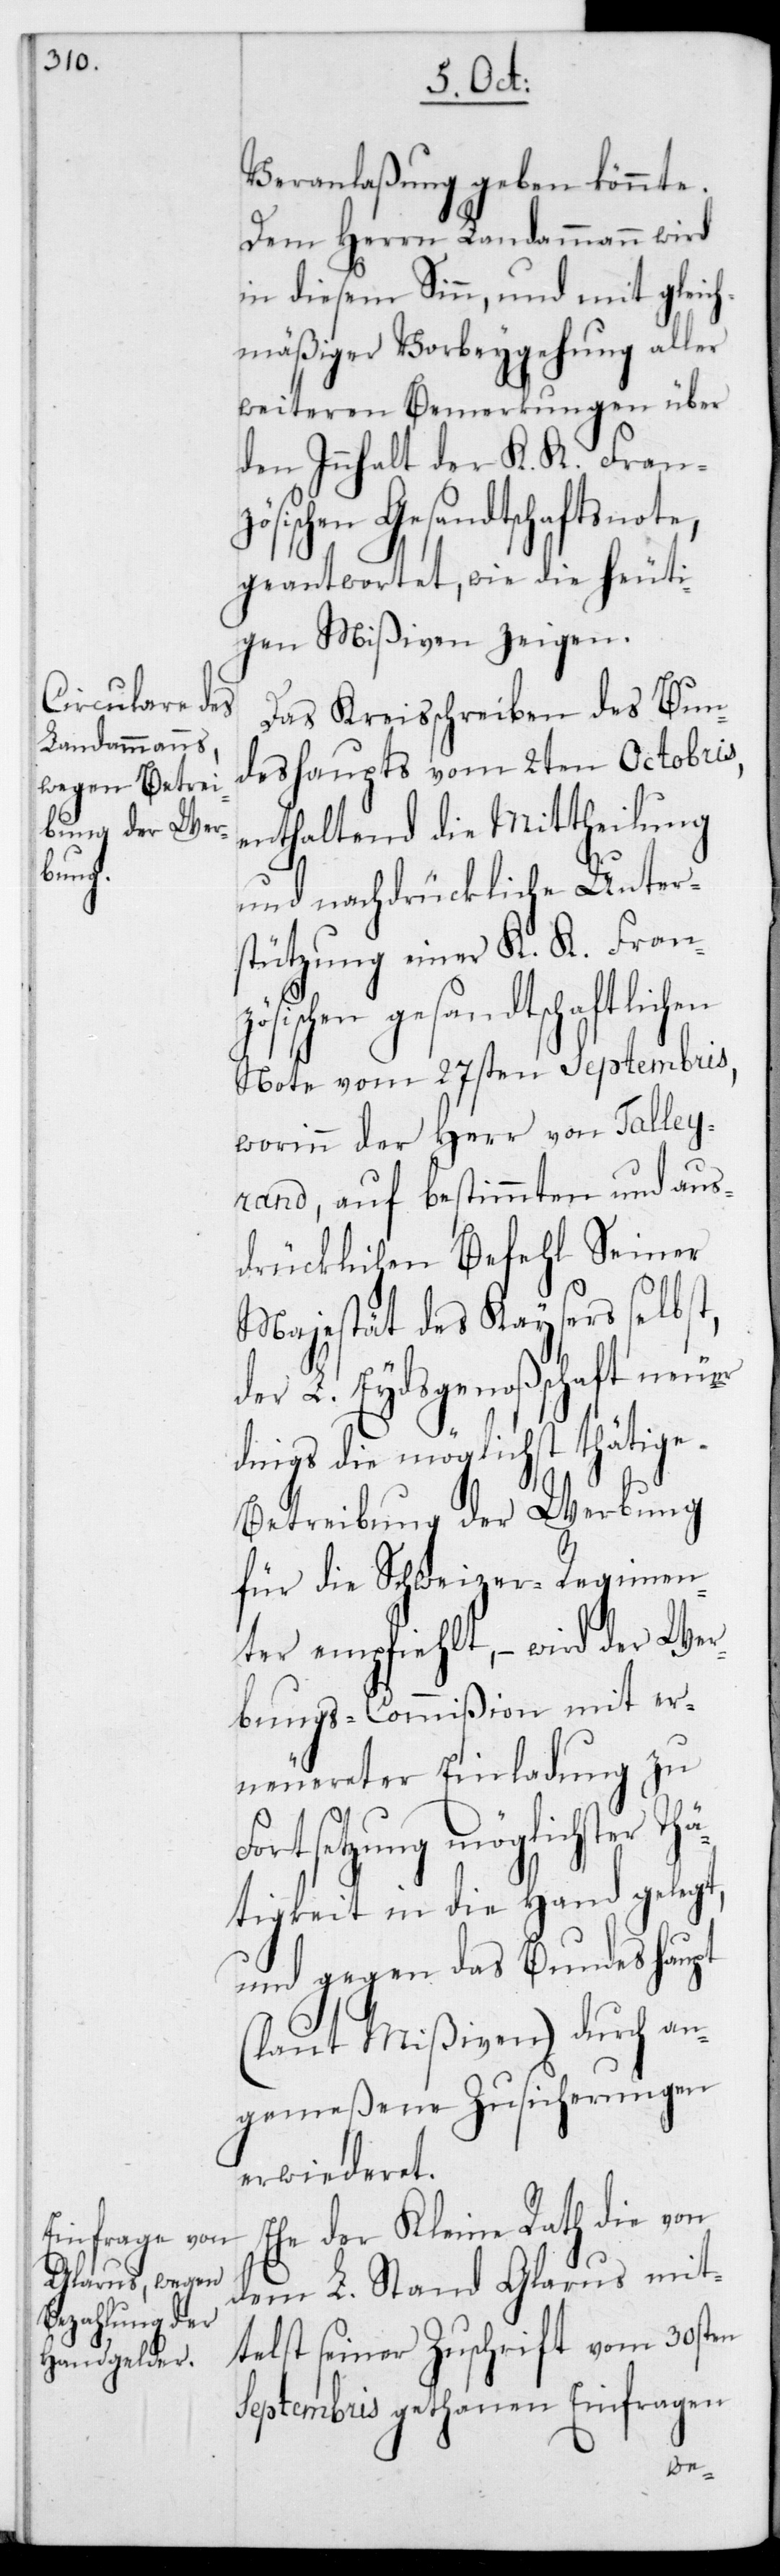
Veranlaßung geben könnte.
Dem Herrn Landammann wird
in diesem Sinn, und mit gleich¬
mäßiger Vorbeygehung aller
weiteren Bemerkungen über
den Innhalt der K. K. Franz¬
ösischen Gesandtschaftsnote,
geantwortet, wie die heuti¬
gen Mißiven zeigen.
Das Kreisschreiben des Bun¬
deshaupts vom 2ten Octobris,
enthaltend die Mittheilung
und nachdrückliche Unter¬
stützung einer K. K. Franzö¬
sischen gesandtschaftlichen
Note vom 27sten Septembris,
worinn der Herr von Talley¬
rand, auf bestimmten und aus¬
drücklichen Befehl Seiner
Majestät des Kaysers selbst,
der L. Eydsgenoßenschaft neue¬
rdings die möglichst thätige
Betreibung der Werbung
für die Schweizer-Regimen¬
ter empfiehlt, – wird der Wer¬
bungs-Commißion mit er¬
neuereter Einladung zu
Fortsetzung möglichster Th¬
ätigkeit in die Hand gelegt,
und gegen das Bundeshaupt
(laut Mißiven) durch an¬
gemeßene Zusicherungen
erwiederet.
Ehe der Kleine Rath die von
dem L. Stand Glarus mit¬
telst seiner Zuschrift vom 30sten
Septembris gethanen Einfragen